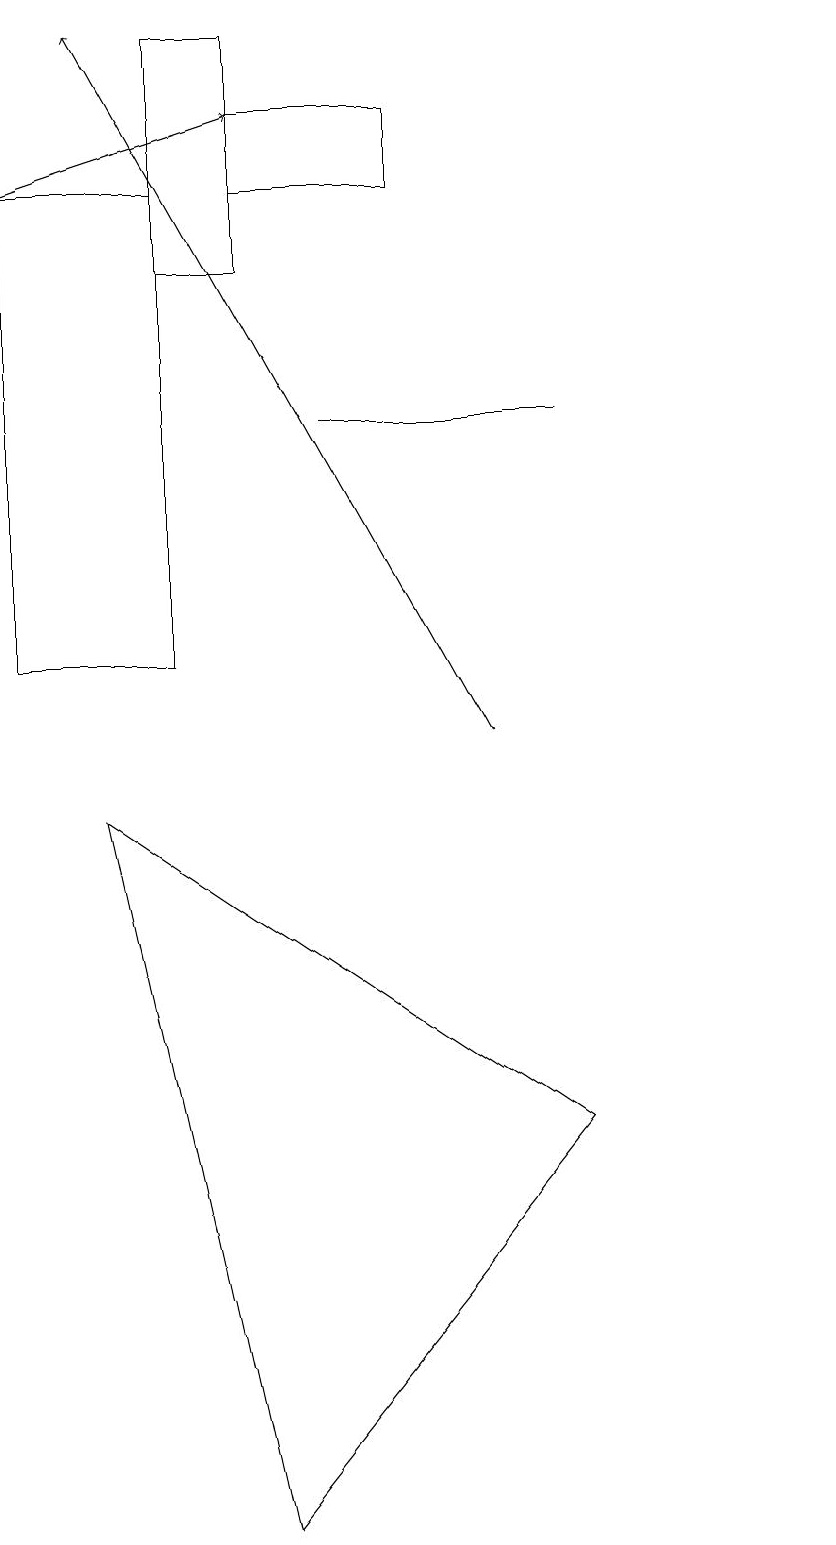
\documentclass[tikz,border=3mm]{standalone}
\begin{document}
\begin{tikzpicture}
\draw (2,9) -- (8,5) -- (4,0) -- cycle;
\draw[->] (7,10) -- (2,19);
\draw (6,17) rectangle (4,18);
\draw (1,11) rectangle (3,17);
\draw (3,16) rectangle (4,19);
\draw (8,14) rectangle (5,14);
\draw[->] (1,17) -- (4,18);
\draw (11,11) circle (0);
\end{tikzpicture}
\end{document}